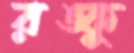
রঙ্কু